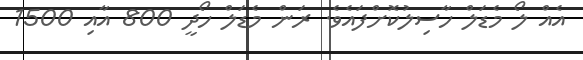
އެއް ލޯ މެޑަލް ހާސިލުކޮށްފައެވެ. ރަން މެޑަލް ހޯދީ 800 އާއި 1500